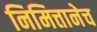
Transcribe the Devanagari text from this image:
निमित्तानेच